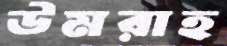
উমরাহ